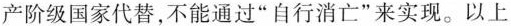
产阶级国家代替，不能通过”自行消亡”来实现。以上